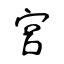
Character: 宮